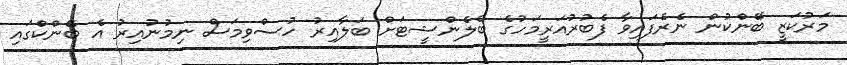
މަރުކަޒީ ބޭންކުން ނެރެފައިވާ ފެބުރުއަރީމަހުގެ ބެލެންޝީޓަށް ބަލާއިރު ހުސްވިމަސް ނިމުނުއިރު އެ ބޭންކްގައި